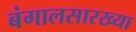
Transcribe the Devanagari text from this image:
बंगालसारख्या